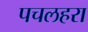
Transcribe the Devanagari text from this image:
पचलहरा